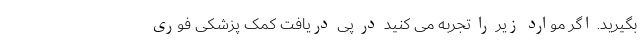
بگیرید. اگر موارد زیر را تجربه می کنید در پی دریافت کمک پزشکی فوری